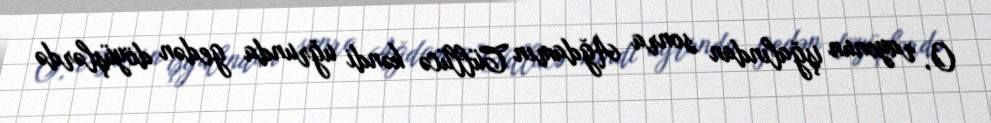
O, rayonun işğalından sonra Ağdamın Cüllücə kəndi uğrunda gedən döyüşlərdə